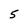
Character: 5